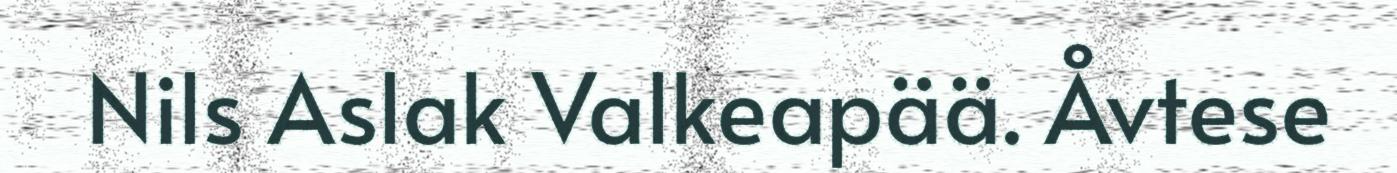
Nils Aslak Valkeapää. Åvtese